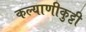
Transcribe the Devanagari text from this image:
कल्याणीकुट्टी